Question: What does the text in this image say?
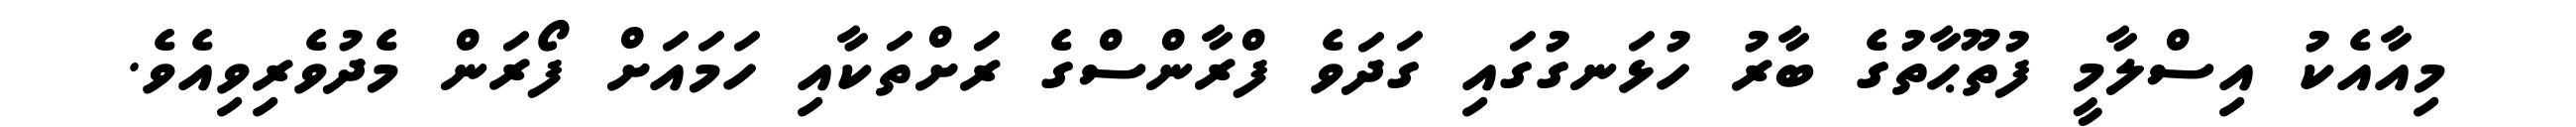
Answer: މިއާއެކު އިސްލާމީ ފުތޫޙާތުގެ ބާރު ހުޅަނގުގައި ގަދަވެ ފްރާންސްގެ ރަށްތަކާއި ހަމައަށް ފޯރަން މެދުވެރިވިއެވެ.